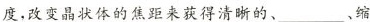
度，改变晶状体的焦距来获得清晰的、___、缩